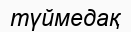
түймедақ